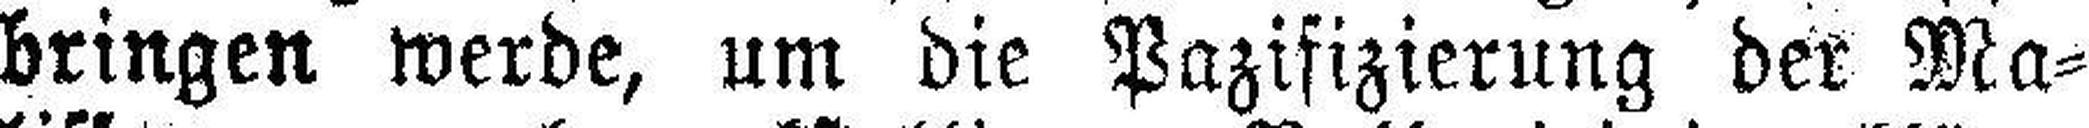
bringen werde, um die Pazifizierung der Ma¬